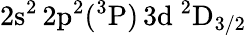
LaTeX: \mathrm{2s^{2}\, 2p^{2}(^{3}P)\, 3d~^{2}D_{3/2}}